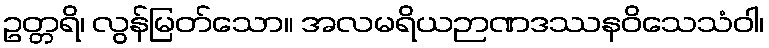
ဥတ္တရိ၊ လွန်မြတ်သော။ အလမရိယဉာဏဒဿနဝိသေသံဝါ၊